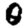
Digit: 0